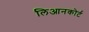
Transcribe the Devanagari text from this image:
लिआनकोर्ट